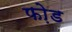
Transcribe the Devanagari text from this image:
फो़ड